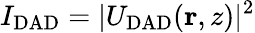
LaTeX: I_{\mathrm{DAD}}=|U_{\mathrm{DAD}}({\mathbf r},z)|^{2}